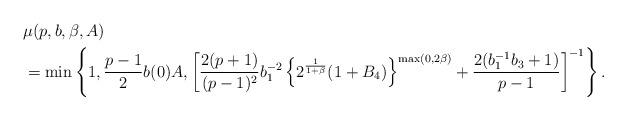
LaTeX: \begin{align*}&\mu (p,b,\beta ,A) \\&= \min \left\{ 1, \frac{p-1}{2} b(0)A,\left[\frac{2(p+1)}{(p-1)^2}b_1^{-2} \left\{ 2^{\frac{1}{1+\beta}} (1+B_4) \right\}^{\max(0, 2 \beta )}+ \frac{2 (b_1^{-1}b_3+1)}{p-1} \right]^{-1}\right\}.\end{align*}